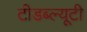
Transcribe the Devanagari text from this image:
टीडब्ल्यूटी